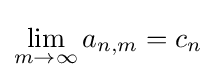
\lim _{m\to \infty }a_{n,m}=c_{n}